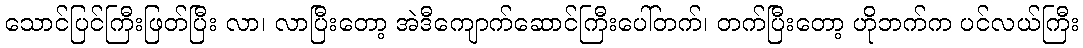
သောင်ပြင်ကြီးဖြတ်ပြီး လာ၊ လာပြီးတော့ အဲဒီကျောက်ဆောင်ကြီးပေါ်တက်၊ တက်ပြီးတော့ ဟိုဘက်က ပင်လယ်ကြီး